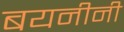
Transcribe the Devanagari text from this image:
बयनीनी